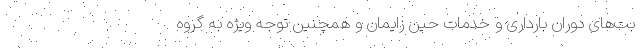
بت‌های دوران بارداری و خدمات حین زایمان و همچنین توجه ویژه به گروه